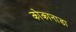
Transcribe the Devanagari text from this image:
कोकानाडा